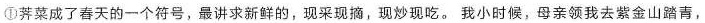
①荠菜成了春天的一个符号，最讲求新鲜的，现采现摘，现炒现吃。我小时候，母亲领我去紫金山踏青，